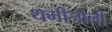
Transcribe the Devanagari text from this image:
थमीजोली